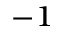
^ { - 1 }